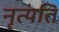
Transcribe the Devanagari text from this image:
नृत्यंति